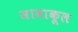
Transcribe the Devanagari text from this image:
जावाकूल